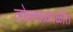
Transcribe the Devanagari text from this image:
लोकचळवळीत